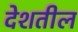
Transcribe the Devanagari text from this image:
देशतील